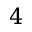
4